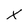
Character: x